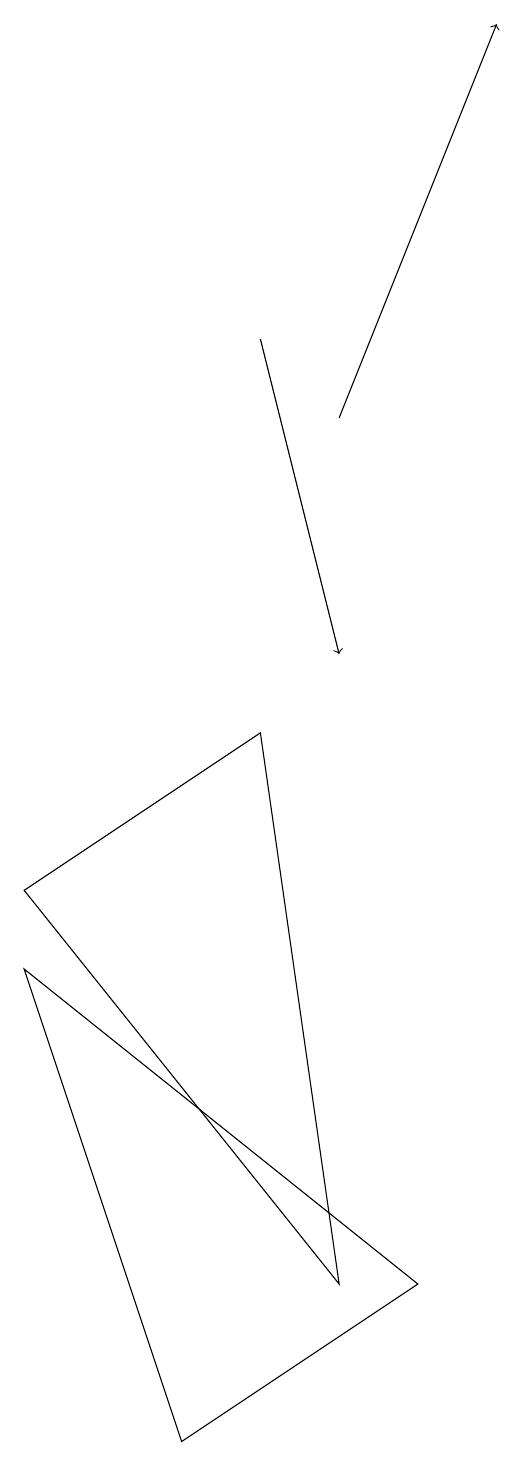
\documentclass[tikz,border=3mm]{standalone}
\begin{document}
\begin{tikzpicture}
\draw[->] (3,14) -- (4,10);
\draw (4,2) -- (0,7) -- (3,9) -- cycle;
\draw[->] (4,13) -- (6,18);
\draw (0,6) -- (2,0) -- (5,2) -- cycle;
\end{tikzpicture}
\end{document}